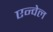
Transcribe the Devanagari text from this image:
एन्वेल